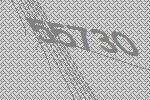
55730